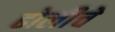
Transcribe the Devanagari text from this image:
ढोलीचे